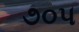
૭૦૫